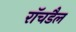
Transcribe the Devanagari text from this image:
रॉचडैल